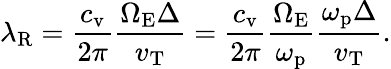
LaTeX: \lambda_{\mathrm{R}}=\frac{c_{\mathrm{v}}}{2\pi}\frac{\Omega_{\mathrm{E}}\Delta}{v_{\mathrm{T}}}=\frac{c_{\mathrm{v}}}{2\pi}\frac{\Omega_{\mathrm{E}}}{\omega_{\mathrm{p}}}\frac{\omega_{\mathrm{p}}\Delta}{v_{\mathrm{T}}}.